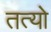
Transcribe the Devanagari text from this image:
तत्यो